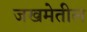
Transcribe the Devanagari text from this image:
जखमेतील